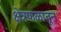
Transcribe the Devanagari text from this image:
क्षेत्रफळातून